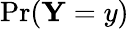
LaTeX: \mathrm{Pr}(\mathbf{Y}=y)